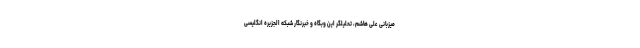
میزبانی علی هاشم، تحلیلگر این وبگاه و خبرنگار شبکه الجزیره انگلیسی